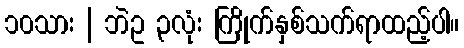
၁၀သား | ဘဲဥ ၃လုံး ကြိုက်နှစ်သက်ရာထည့်ပါ။